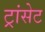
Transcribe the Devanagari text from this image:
ट्रांसेट